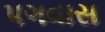
પગવાસ